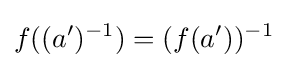
f((a')^{-1})=(f(a'))^{-1}